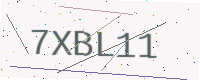
Text: 7XBL11